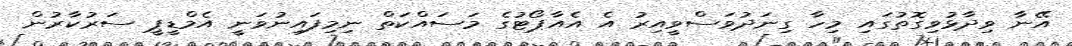
އޭނާ ވިދާޅުވިގޮތުގައި މިހާ ގިނަދުވަސްވީއިރު އެ އެއާޕޯޓުގެ މަސައްކަތް ނިމިފައިނުވަނީ އެމްޑީޕީ ސަރުކާރުން